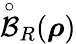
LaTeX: \overset{\circ}{\mathcal{B}}_{R}({\boldsymbol\rho})